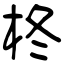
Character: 柊